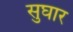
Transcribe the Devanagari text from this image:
सुघार